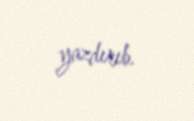
yazdırıb.